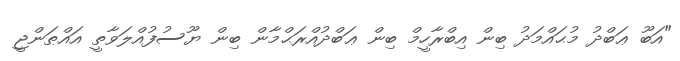
"އަބޫ ޢަބްދު މުޙައްމަދު ބިން އިބްރާހީމް ބިން ޢަބްދުއްރަޙްމާން ބިން ޔޫސުފުއްލަވާތީ އައްޠަންޖީ